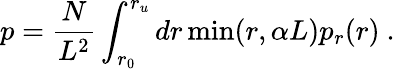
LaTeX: p=\frac{N}{L^{2}}\int_{r_{0}}^{r_{u}}dr\operatorname*{min}(r,\alpha L)p_{r}(r)~.